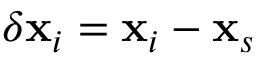
\delta \mathbf { x } _ { i } = \mathbf { x } _ { i } - \mathbf { x } _ { s }